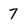
Character: 7